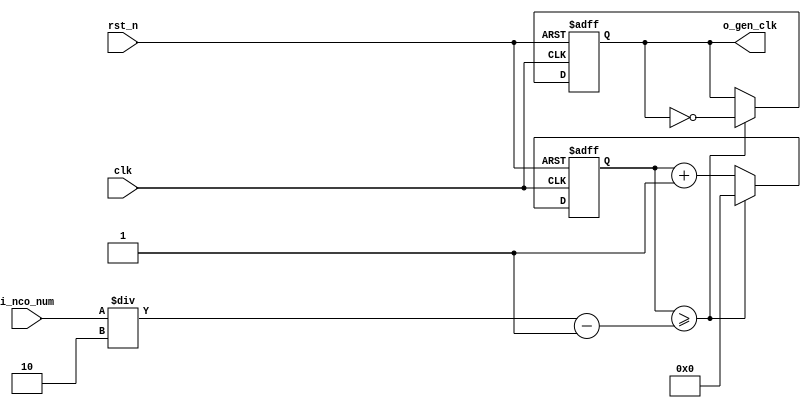

//	==================================================
//	Copyright (c) 2019 Sookmyung Women's University.
//	--------------------------------------------------
//	DEPARTMENT		: EE
//	--------------------------------------------------
//	RELEASE HISTORY
//	--------------------------------------------------
//	VERSION			DATE
//	0.0			2019-11-18
//	--------------------------------------------------
//	PURPOSE			: Digital Clock
//	==================================================

//	--------------------------------------------------
//	Numerical Controlled Oscillator
//	Hz of o_gen_clk = Clock Hz / num
//	--------------------------------------------------
module	nco(	
		o_gen_clk,
		i_nco_num,
		clk,
		rst_n);

output		o_gen_clk	;	// 1Hz CLK

input	[31:0]	i_nco_num	;
input		clk		;	// 50Mhz CLK
input		rst_n		;

reg	[31:0]	cnt		;
reg		o_gen_clk	;

always @(posedge clk or negedge rst_n) begin
	if(rst_n == 1'b0) begin
		cnt		<= 32'd0;
		o_gen_clk	<= 1'd0	;
	end else begin
		if(cnt >= i_nco_num/2-1) begin
			cnt 	<= 32'd0;
			o_gen_clk	<= ~o_gen_clk;
		end else begin
			cnt <= cnt + 1'b1;
		end
	end
end

endmodule

//	--------------------------------------------------
//	Flexible Numerical Display Decoder
//	--------------------------------------------------
module	fnd_dec(
		o_seg,
		i_num);

output	[6:0]	o_seg		;	// {o_seg_a, o_seg_b, ... , o_seg_g}

input	[3:0]	i_num		;
reg	[6:0]	o_seg		;
//making
always @(i_num) begin 
 	case(i_num) 
 		4'd0:	o_seg = 7'b111_1110; 
 		4'd1:	o_seg = 7'b011_0000; 
 		4'd2:	o_seg = 7'b110_1101; 
 		4'd3:	o_seg = 7'b111_1001; 
 		4'd4:	o_seg = 7'b011_0011; 
 		4'd5:	o_seg = 7'b101_1011; 
 		4'd6:	o_seg = 7'b101_1111; 
 		4'd7:	o_seg = 7'b111_0000; 
 		4'd8:	o_seg = 7'b111_1111; 
 		4'd9:	o_seg = 7'b111_0011; 
		default:o_seg = 7'b000_0000; 
	endcase 
end


endmodule

//	--------------------------------------------------
//	0~59 --> 2 Separated Segments
//	--------------------------------------------------
module	double_fig_sep(
		o_left,
		o_right,
		i_double_fig);

output	[3:0]	o_left		;
output	[3:0]	o_right		;

input	[5:0]	i_double_fig	;

assign		o_left	= i_double_fig / 10	;
assign		o_right	= i_double_fig % 10	;

endmodule

//	--------------------------------------------------
//	0~59 --> 2 Separated Segments
//	--------------------------------------------------
module	led_disp(
		o_seg,
		o_seg_dp,
		o_seg_enb,
		i_six_digit_seg,
		clk,
		i_mode,
		i_position,
		rst_n,
		i_alarm_en,
		i_timer_en);    //add i_mode & i_position --> to make new i_six_dp
  
output	[5:0]	o_seg_enb		;
output		     o_seg_dp		 ;
output	[6:0]	o_seg		    ;
	
input	[41:0]	i_six_digit_seg		;
input	[1:0]	 i_position		     ;
input	[2:0]	 i_mode			        ;
input		clk			                 ;
input		rst_n			               ;
input  i_alarm_en             ;
input	 i_timer_en					;

wire		gen_clk			;	
nco		u_nco(
		.o_gen_clk	( gen_clk	),
		.i_nco_num	( 32'd5000	),
		.clk		( clk		),
		.rst_n		( rst_n		));


reg	[3:0]	cnt_common_node		;

always @(posedge gen_clk or negedge rst_n) begin
	if(rst_n == 1'b0) begin
		cnt_common_node <= 4'd0;
	end else begin
		if(cnt_common_node >= 4'd5) begin
			cnt_common_node <= 4'd0;
		end else begin
			cnt_common_node <= cnt_common_node + 1'b1;
		end
	end
end

reg	[5:0]	o_seg_enb		;

always @(cnt_common_node) begin
	case (cnt_common_node)
		4'd0:	o_seg_enb = 6'b111110;
		4'd1:	o_seg_enb = 6'b111101;
		4'd2:	o_seg_enb = 6'b111011;
		4'd3:	o_seg_enb = 6'b110111;
		4'd4:	o_seg_enb = 6'b101111;
		4'd5:	o_seg_enb = 6'b011111;
		default:o_seg_enb = 6'b111111;
		
	endcase
end


reg 	[5:0]	i_six_dp		;	  
reg			     o_seg_dp		; //add


//ADD CONDITION : decide i_six_dp when i_mode is 2'b01 and 2'b10 
     
reg  [2:0] find_alarm = 3'b000;
reg  [2:0] find_alarm_x = 3'b000;


always @(posedge clk) begin
  find_alarm_x = find_alarm ;
end

wire		clk_1hz			;
nco		u1_nco(
		.o_gen_clk	( clk_1hz	),
		.i_nco_num	( 32'd50000000	),
		.clk		( clk		),
		.rst_n		( rst_n		));
		
always @(posedge clk_1hz or negedge rst_n) begin
  if(rst_n == 1'b0) begin
    find_alarm = 3'b000;
  end else begin
    find_alarm = {find_alarm_x[0],i_alarm_en};
  end
end
always @(i_mode,i_position, find_alarm) begin
	    if ( i_mode == 3'b001 ) begin
	       case (i_position)
		      3'b000:	  i_six_dp = 6'b000001;
		      3'b001:	  i_six_dp = 6'b000100;
		      3'b010:	  i_six_dp = 6'b010000;
		      default: i_six_dp = 6'b000000;
		     endcase
	     end else begin
	         if ( i_mode == 3'b010 ) begin
	           case (i_position)
		          3'b000:	  i_six_dp = 6'b000010;
		          3'b001:	  i_six_dp = 6'b001000;
		          3'b010:	  i_six_dp = 6'b100000;
		          default: i_six_dp = 6'b000000;
		         endcase
			end else begin
		            i_six_dp = 6'b000000;
		       end
		     //i_mode is not 2'b10 and 2'b01, i_six_dp have to be 6'b000000
    if( (find_alarm == 3'b001)||(find_alarm == 3'b010)) begin
           i_six_dp = 6'b111111;        
      end
end   
end


 //if i_alarm_en ==1 and find_alarm == 0, i_six_dp = 111111 and find_alarm is increasement.... so, find_alarm == 0 > find_alarm ==>1
		      // if i_alarm_en ==1 but find_alarm ==1, i_six_dp is not changed. 


always @(cnt_common_node) begin
		case (cnt_common_node)
			4'd0:	o_seg_dp = i_six_dp[0];
			4'd1:	o_seg_dp = i_six_dp[1];
			4'd2:	o_seg_dp = i_six_dp[2];
			4'd3:	o_seg_dp = i_six_dp[3];
			4'd4:	o_seg_dp = i_six_dp[4];
			4'd5:	o_seg_dp = i_six_dp[5];
			default:o_seg_dp = 1'b0;
		endcase
end



//i_mode = 1, find_alarm = 1 or i_mode = 0

reg	[6:0]	o_seg			            ;

always @(cnt_common_node) begin
	case (cnt_common_node)
		4'd0:	o_seg = i_six_digit_seg[6:0];
		4'd1:	o_seg = i_six_digit_seg[13:7];
		4'd2:	o_seg = i_six_digit_seg[20:14];
		4'd3:	o_seg = i_six_digit_seg[27:21];
		4'd4:	o_seg = i_six_digit_seg[34:28];
		4'd5:	o_seg = i_six_digit_seg[41:35];
		default:o_seg = 7'b111_1110; // 0 display
	endcase
end

endmodule






//	--------------------------------------------------
//	HMS(Hour:Min:Sec) Counter
//	--------------------------------------------------
module	hms_cnt(
		o_hms_cnt,
		o_max_hit,
		i_max_cnt,
		clk,
		rst_n);

output	[5:0]	o_hms_cnt		;
output		     o_max_hit		;

input	[5:0]	i_max_cnt		 ;
input		     clk			      ;
input		     rst_n			    ;

reg	[5:0]	o_hms_cnt		   ;
reg		     o_max_hit		;



always @(posedge clk or negedge rst_n) begin
	if(rst_n == 1'b0) begin
		o_hms_cnt <= 6'd0;
		o_max_hit <= 1'b0;
	end else begin
		if(o_hms_cnt >= i_max_cnt) begin
			o_hms_cnt <= 6'd0;
			o_max_hit <= 1'b1;
		end else begin
			o_hms_cnt <= o_hms_cnt + 1'b1;
			o_max_hit <= 1'b0;
		end
	end
end

endmodule

module	hms_cntdwn(
		o_hms_cnt,
		o_min_hit,
		i_min_cnt,
		clk,
		rst_n);

output	[5:0]	o_hms_cnt		;
output		     o_min_hit		;

input	[5:0]	i_min_cnt		 ;
input		     clk			      ;
input		     rst_n			    ;

reg	[5:0]	o_hms_cnt		   ;
reg		     o_min_hit		;



always @(posedge clk or negedge rst_n) begin
	if(rst_n == 1'b0) begin
		o_hms_cnt <= 6'd0;
		o_min_hit <= 1'b0;
	end else begin
		if(o_hms_cnt <= i_min_cnt) begin
			o_hms_cnt <= 6'd0;
			o_min_hit <= 1'b1;
		end else begin
			o_hms_cnt <= o_hms_cnt - 1'b1;
			o_min_hit <= 1'b0;
		end
	end
end

endmodule

module  debounce(
		o_sw,
		i_sw,
		clk);
output		o_sw			;

input		i_sw			;
input		clk			;

reg		dly1_sw			;
always @(posedge clk) begin
	dly1_sw <= i_sw;
end

reg		dly2_sw			;
always @(posedge clk) begin
	dly2_sw <= dly1_sw;
end

assign		o_sw = dly1_sw | ~dly2_sw;

endmodule

//	--------------------------------------------------
//	Clock Controller
//	--------------------------------------------------
module	controller(
		o_mode,
		o_position,
		o_world_position,
		o_alarm_en,
		o_timer_en,
		o_stwat_en,
		o_sec_clk,
		o_min_clk,
		o_hou_clk,
		o_alarm_sec_clk,
		o_alarm_min_clk,
		o_alarm_hou_clk,
		o_timer_sec_clk,
		o_timer_min_clk,
		o_timer_hou_clk,
		o_stwat_sec_clk,
		o_stwat_min_clk,
		o_stwat_hou_clk,
		i_max_hit_sec,
		i_max_hit_min,
		i_max_hit_hou,
		i_max_hit_cnt_sec,
		i_max_hit_cnt_min,
		i_max_hit_cnt_hou,
		i_min_hit_sec,
		i_min_hit_min,
		i_min_hit_hou,
		i_sw0,
		i_sw1,
		i_sw2,
		i_sw3,
		i_sw4,
		i_sw5,
		i_sw6,
		clk,
		rst_n);


output	[2:0]	o_mode			;
output	[1:0]	o_position		;
output   [1:0] o_world_position ;
output		o_alarm_en		;
output		o_timer_en		;
output		o_stwat_en		;
output		o_sec_clk		;
output		o_min_clk		;
output		o_hou_clk		;
output		o_alarm_sec_clk		;
output		o_alarm_min_clk		;
output		o_alarm_hou_clk		;
output		o_timer_sec_clk		;
output		o_timer_min_clk		;
output		o_timer_hou_clk		;
output		o_stwat_sec_clk		;
output		o_stwat_min_clk		;
output		o_stwat_hou_clk		;

input		i_max_hit_sec		;
input		i_max_hit_min		;
input		i_max_hit_hou		;
input		i_min_hit_sec		;
input		i_min_hit_min		;
input		i_min_hit_hou		;
input		i_max_hit_cnt_sec		;
input		i_max_hit_cnt_min		;
input		i_max_hit_cnt_hou		;

input		i_sw0			;
input		i_sw1			;
input		i_sw2			;
input		i_sw3			;
input 	i_sw4   		;
input		i_sw5			;
input		i_sw6			;

input		clk			;
input		rst_n			;

parameter	MODE_CLOCK	= 3'b000 ;
parameter	MODE_SETUP	= 3'b001 ;
parameter	MODE_ALARM	= 3'b010 ;
parameter 	MODE_WORLD 	= 3'b011 ;
parameter	MODE_TIMER	= 3'b100 ;
parameter	MODE_STWAT	= 3'b101	;
parameter	POS_SEC		= 2'b00	;
parameter	POS_MIN		= 2'b01	;
parameter 	POS_HOU  	= 2'b10 ;
parameter 	WOR_USA    = 2'b00 ; //TIME OF USA
parameter 	WOR_ENG    = 2'b01 ; //TIME OF ENGLAND
parameter 	WOR_AUS    = 2'b10 ; //TIME OF AUSTRALIA

wire		clk_100hz		;
nco		u0_nco(
		.o_gen_clk	( clk_100hz	),
		.i_nco_num	( 32'd500000	),
		.clk		( clk		),
		.rst_n		( rst_n		));

wire		sw0			;
debounce	u0_debounce(
		.o_sw		( sw0		),
		.i_sw		( i_sw0		),
		.clk		( clk_100hz	));

wire		sw1			;
debounce	u1_debounce(
		.o_sw		( sw1		),
		.i_sw		( i_sw1		),
		.clk		( clk_100hz	));

wire		sw2			;
debounce	u2_debounce(
		.o_sw		( sw2		),
		.i_sw		( i_sw2		),
		.clk		( clk_100hz	));

wire		sw3			;
debounce	u3_debounce(
		.o_sw		( sw3		),
		.i_sw		( i_sw3		),
		.clk		( clk_100hz	));

wire		sw4			;
debounce	u4_debounce(
		.o_sw		( sw4		),
		.i_sw		( i_sw4		),
		.clk		( clk_100hz	));

wire		sw5			;
debounce	u5_debounce(
		.o_sw		( sw5		),
		.i_sw		( i_sw5		),
		.clk		( clk_100hz	));
		
wire		sw6			;
debounce	u6_debounce(
		.o_sw		( sw6		),
		.i_sw		( i_sw6		),
		.clk		( clk_100hz	));

reg	[2:0]	o_mode			;
always @(posedge sw0 or negedge rst_n) begin
	if(rst_n == 1'b0) begin
		o_mode <= MODE_CLOCK;
	end else begin
		if(o_mode >= MODE_STWAT) begin
			o_mode <= MODE_CLOCK;
		end else begin
			o_mode <= o_mode + 1'b1;
		end
	end
end

reg	[1:0]	o_position		;
always @(posedge sw1 or negedge rst_n) begin
	if(rst_n == 1'b0) begin
		o_position <= POS_SEC;
	end else begin
		if(o_position >= POS_HOU) begin
			o_position <= POS_SEC;
		end else begin
			o_position <= o_position + 1'b1;
		end
	end
end

reg		o_alarm_en		;
always @(posedge sw3 or negedge rst_n) begin
	if(rst_n == 1'b0) begin
		o_alarm_en <= 1'b0;
	end else begin
		o_alarm_en <= o_alarm_en + 1'b1;
	end
end

reg	[1:0]	o_world_position		; //ADD TIME OF OTHER COUNTRIES WITH NEW BUTTON sw4 

always @(posedge sw4 or negedge rst_n) begin
	if(rst_n == 1'b0) begin
		o_world_position <= WOR_USA;
	end else begin
		if(o_world_position >= WOR_AUS) begin
			o_world_position <= WOR_USA;
		end else begin
			o_world_position <= o_world_position + 1'b1;
		end
	end
end

reg		o_timer_en		;
reg [5:0] o_hms_cnt		;
reg [5:0] o_max_hit		;
reg [5:0] i_max_cnt		;
always @(posedge sw5 or negedge rst_n) begin
	if(rst_n == 1'b0) begin
		o_timer_en <= 1'b0;
		o_hms_cnt <= 6'd0;
		o_max_hit <= 1'b0;
	end else begin
		o_timer_en <= o_timer_en + 1'b1;
	end
end

reg		o_stwat_en		;
always @(posedge sw6 or negedge rst_n) begin
	if(rst_n == 1'b0) begin
		o_stwat_en <= 1'b0;
		o_hms_cnt <= 1'b0;
		o_max_hit <= 1'b0;
	end else begin
		o_stwat_en <= o_stwat_en + 1'b1;
	end
end


wire		clk_1hz			;
nco		u1_nco(
		.o_gen_clk	( clk_1hz	),
		.i_nco_num	( 32'd50000000	),
		.clk		( clk		),
		.rst_n		( rst_n		));

reg		o_sec_clk		;
reg		o_min_clk		;
reg  		o_hou_clk  		;
reg		o_alarm_sec_clk		;
reg		o_alarm_min_clk		;
reg  		o_alarm_hou_clk 		;
reg		o_timer_sec_clk		;
reg		o_timer_min_clk		;
reg		o_timer_hou_clk		;
reg		o_stwat_sec_clk		;
reg		o_stwat_min_clk		;
reg		o_stwat_hou_clk		;

always @(*) begin
	case(o_mode)
		MODE_CLOCK : begin
			o_sec_clk = clk_1hz;
			o_min_clk = i_max_hit_sec;
			o_hou_clk = i_max_hit_min;
			o_alarm_sec_clk = 1'b0;
			o_alarm_min_clk = 1'b0;
			o_alarm_hou_clk = 1'b0;
			o_timer_sec_clk = 1'b0;
			o_timer_min_clk = 1'b0;
			o_timer_hou_clk = 1'b0;
			o_stwat_sec_clk = 1'b0;
			o_stwat_min_clk = 1'b0;
			o_stwat_hou_clk = 1'b0;
		end
		MODE_SETUP : begin
			case(o_position)
				POS_SEC : begin
					o_sec_clk = ~sw2;
					o_min_clk = 1'b0;
					o_hou_clk = 1'b0;
					o_alarm_sec_clk = 1'b0;
					o_alarm_min_clk = 1'b0;
					o_alarm_hou_clk = 1'b0;
					o_timer_sec_clk = 1'b0;
			      o_timer_min_clk = 1'b0;
			      o_timer_hou_clk = 1'b0;
					o_stwat_sec_clk = 1'b0;
			      o_stwat_min_clk = 1'b0;
			      o_stwat_hou_clk = 1'b0;
				end
				POS_MIN : begin
					o_sec_clk = 1'b0;
					o_min_clk = ~sw2;
					o_hou_clk = 1'b0;
					o_alarm_sec_clk = 1'b0;
					o_alarm_min_clk = 1'b0;
					o_alarm_hou_clk = 1'b0;
					o_timer_sec_clk = 1'b0;
					o_timer_min_clk = 1'b0;
					o_timer_hou_clk = 1'b0;
					o_stwat_sec_clk = 1'b0;
			      o_stwat_min_clk = 1'b0;
			      o_stwat_hou_clk = 1'b0;
				end
				POS_HOU : begin
				  o_sec_clk = 1'b0;
					o_min_clk = 1'b0;
					o_hou_clk = ~sw2;
					o_alarm_sec_clk = 1'b0;
					o_alarm_min_clk = 1'b0;
					o_alarm_hou_clk = 1'b0;
					o_timer_sec_clk = 1'b0;
					o_timer_min_clk = 1'b0;
					o_timer_hou_clk = 1'b0;
					o_stwat_sec_clk = 1'b0;
			      o_stwat_min_clk = 1'b0;
			      o_stwat_hou_clk = 1'b0;
				end
			endcase
		end
		MODE_ALARM : begin
			case(o_position)
				POS_SEC : begin
					o_sec_clk = clk_1hz;
					o_min_clk = i_max_hit_sec;
					o_hou_clk = i_max_hit_min;
					o_alarm_sec_clk = ~sw2;
					o_alarm_min_clk = 1'b0;
					o_alarm_hou_clk = 1'b0;
					o_timer_sec_clk = 1'b0;
					o_timer_min_clk = 1'b0;
					o_timer_hou_clk = 1'b0;
					o_stwat_sec_clk = 1'b0;
			      o_stwat_min_clk = 1'b0;
			      o_stwat_hou_clk = 1'b0;
				end
				POS_MIN : begin
					o_sec_clk = clk_1hz;
					o_min_clk = i_max_hit_sec;
					o_hou_clk = i_max_hit_min;
					o_alarm_sec_clk = 1'b0;
					o_alarm_min_clk = ~sw2;
					o_alarm_hou_clk = 1'b0;
					o_timer_sec_clk = 1'b0;
					o_timer_min_clk = 1'b0;
					o_timer_hou_clk = 1'b0;
					o_stwat_sec_clk = 1'b0;
			      o_stwat_min_clk = 1'b0;
			      o_stwat_hou_clk = 1'b0;
				end
				POS_HOU : begin
				  o_sec_clk = clk_1hz;
					o_min_clk = i_max_hit_sec;
					o_hou_clk = i_max_hit_min;
					o_alarm_sec_clk = 1'b0;
					o_alarm_min_clk = 1'b0;
					o_alarm_hou_clk = ~sw2;
					o_timer_sec_clk = 1'b0;
					o_timer_min_clk = 1'b0;
					o_timer_hou_clk = 1'b0;
					o_stwat_sec_clk = 1'b0;
			      o_stwat_min_clk = 1'b0;
			      o_stwat_hou_clk = 1'b0;
				end
			endcase
		end
		MODE_WORLD : begin
		  o_sec_clk = clk_1hz;
			o_min_clk = i_max_hit_sec;
			o_hou_clk = i_max_hit_min;
			o_alarm_sec_clk = 1'b0;
			o_alarm_min_clk = 1'b0;
			o_alarm_hou_clk = 1'b0;
			o_timer_sec_clk = 1'b0;
			o_timer_min_clk = 1'b0;
			o_timer_hou_clk = 1'b0;
			o_stwat_sec_clk = 1'b0;
			o_stwat_min_clk = 1'b0;
			o_stwat_hou_clk = 1'b0;
		end
		MODE_TIMER : begin
		    case(o_position)
				POS_SEC : begin
					o_sec_clk = clk_1hz;
					o_min_clk = i_max_hit_sec;
					o_hou_clk = i_max_hit_min;
					o_alarm_sec_clk = 1'b0;
					o_alarm_min_clk = 1'b0;
					o_alarm_hou_clk = 1'b0;
					o_timer_sec_clk = ~sw2;
					o_timer_min_clk = 1'b0;
					o_timer_hou_clk = 1'b0;
					o_stwat_sec_clk = 1'b0;
			      o_stwat_min_clk = 1'b0;
			      o_stwat_hou_clk = 1'b0;
				end
				POS_MIN : begin
					o_sec_clk = clk_1hz;
					o_min_clk = i_max_hit_sec;
					o_hou_clk = i_max_hit_min;
					o_alarm_sec_clk = 1'b0;
					o_alarm_min_clk = 1'b0;
					o_alarm_hou_clk = 1'b0;
					o_timer_sec_clk = 1'b0;
					o_timer_min_clk = ~sw2;
					o_timer_hou_clk = 1'b0;
					o_stwat_sec_clk = 1'b0;
			      o_stwat_min_clk = 1'b0;
			      o_stwat_hou_clk = 1'b0;
				end
				POS_HOU : begin
				   o_sec_clk = clk_1hz;
					o_min_clk = i_max_hit_sec;
					o_hou_clk = i_max_hit_min;
					o_alarm_sec_clk = 1'b0;
					o_alarm_min_clk = 1'b0;
					o_alarm_hou_clk = 1'b0;
					o_timer_sec_clk = 1'b0;
					o_timer_min_clk = 1'b0;
					o_timer_hou_clk = ~sw2;
					o_stwat_sec_clk = 1'b0;
			      o_stwat_min_clk = 1'b0;
			      o_stwat_hou_clk = 1'b0;
				end
			endcase
		end
		MODE_STWAT : begin
			 case(o_stwat_en)
				1'b0 : begin
					o_sec_clk = clk_1hz;
					o_min_clk = i_max_hit_sec;
					o_hou_clk = i_max_hit_min;
					o_alarm_sec_clk = 1'b0;
					o_alarm_min_clk = 1'b0;
					o_alarm_hou_clk = 1'b0;
					o_timer_sec_clk = 1'b0;
					o_timer_min_clk = 1'b0;
					o_timer_hou_clk = 1'b0;
					o_stwat_sec_clk = 1'b0;
			      o_stwat_min_clk = 1'b0;
			      o_stwat_hou_clk = 1'b0;
				end
				1'b1 : begin
					o_sec_clk = clk_1hz;
					o_min_clk = i_max_hit_sec;
					o_hou_clk = i_max_hit_min;
					o_alarm_sec_clk = 1'b0;
					o_alarm_min_clk = 1'b0;
					o_alarm_hou_clk = 1'b0;
					o_timer_sec_clk = 1'b0;
					o_timer_min_clk = 1'b0;
					o_timer_hou_clk = 1'b0;
					o_stwat_sec_clk = clk_1hz;
			      o_stwat_min_clk = i_max_hit_cnt_sec;
			      o_stwat_hou_clk = i_max_hit_cnt_min;
				end
			endcase
	   end		
		default: begin
			o_sec_clk = 1'b0;
			o_min_clk = 1'b0;
			o_hou_clk = 1'b0;
			o_alarm_sec_clk = 1'b0;
			o_alarm_min_clk = 1'b0;
			o_alarm_hou_clk = 1'b0;
			o_timer_sec_clk = 1'b0;
			o_timer_min_clk = 1'b0;
			o_timer_hou_clk = 1'b0;
			o_stwat_sec_clk = 1'b0;
			o_stwat_min_clk = 1'b0;
			o_stwat_hou_clk = 1'b0;
		end
	endcase
end

endmodule

//	--------------------------------------------------
//	HMS(Hour:Min:Sec) Counter
//	--------------------------------------------------
module	houminsec(	
		o_sec,
		o_min,
		o_hou,
		o_max_hit_sec,
		o_max_hit_min,
		o_max_hit_hou,
		o_max_hit_cnt_sec,
		o_max_hit_cnt_min,
		o_max_hit_cnt_hou,
		o_min_hit_sec,
		o_min_hit_min,
		o_min_hit_hou,
		o_alarm,
		o_timer,
		o_stwat,
		i_mode,
		i_position,
		i_world_position,
		i_sec_clk,
		i_min_clk,
		i_hou_clk,
		i_alarm_sec_clk,
		i_alarm_min_clk,
		i_alarm_hou_clk,
		i_alarm_en,
		i_timer_sec_clk,
		i_timer_min_clk,
		i_timer_hou_clk,
		i_timer_en,
		i_stwat_sec_clk,
		i_stwat_min_clk,
		i_stwat_hou_clk,
		i_stwat_en,
		clk,
		rst_n);

output	[5:0]	o_sec		;
output	[5:0]	o_min		;
output  [5:0]	o_hou  		;
output		o_max_hit_sec	;
output		o_max_hit_min	;
output  	o_max_hit_hou 	;
output		o_max_hit_cnt_sec	;
output		o_max_hit_cnt_min	;
output  	o_max_hit_cnt_hou 	;
output	o_min_hit_sec	;
output	o_min_hit_min	;
output	o_min_hit_hou	;
output		o_alarm		;
output	o_timer			;
output	o_stwat			;

input	[2:0]	i_mode		;
input	[1:0]	i_position	;
input   [1:0]	i_world_position ;
input		i_sec_clk	;
input		i_min_clk	;
input 	    	i_hou_clk 	;
input		i_alarm_sec_clk	;
input		i_alarm_min_clk	;
input  	   	i_alarm_hou_clk ;
input		i_alarm_en	;
input		i_timer_sec_clk	;
input		i_timer_min_clk	;
input  	   	i_timer_hou_clk ;
input		i_timer_en	;
input		i_stwat_sec_clk	;
input		i_stwat_min_clk	;
input  	   	i_stwat_hou_clk ;
input		i_stwat_en	;	

input		clk		  ;
input		rst_n		;


parameter	MODE_CLOCK = 3'b000	;
parameter	MODE_SETUP = 3'b001	;
parameter	MODE_ALARM = 3'b010	;
parameter 	MODE_WORLD = 3'b011 	;
parameter	MODE_TIMER = 3'b100	;
parameter	MODE_STWAT = 3'b101	;
parameter	POS_SEC	   = 2'b00	;
parameter	POS_MIN	   = 2'b01	;
parameter	POS_HOU    = 2'b10 ;
parameter 	WOR_USA    = 2'b00 ;
parameter 	WOR_ENG    = 2'b01 ;
parameter 	WOR_AUS    = 2'b10 ;


//	MODE_CLOCK
wire	[5:0]	sec		;
wire		max_hit_sec	;
hms_cnt		u_hms_cnt_sec(
		.o_hms_cnt	( sec			),
		.o_max_hit	( o_max_hit_sec		),
		.i_max_cnt	( 6'd59			),
		.clk		( i_sec_clk		),
		.rst_n		( rst_n			));

wire	[5:0]	min		;
wire		max_hit_min	;
hms_cnt		u_hms_cnt_min(
		.o_hms_cnt	( min			),
		.o_max_hit	( o_max_hit_min		),
		.i_max_cnt	( 6'd59			),
		.clk		( i_min_clk		),
		.rst_n		( rst_n			));
wire 	[5:0] 	hou  		;
wire  		max_hit_hou 	;
hms_cnt		u_hms_cnt_hou(
		.o_hms_cnt	( hou			),
		.o_max_hit	( o_max_hit_hou		),
		.i_max_cnt	( 6'd23			),
		.clk		( i_hou_clk		),
		.rst_n		( rst_n			));
//	MODE_ALARM
wire	[5:0]	alarm_sec	;
hms_cnt		u_hms_cnt_alarm_sec(
		.o_hms_cnt	( alarm_sec		),
		.o_max_hit	( 			),
		.i_max_cnt	( 6'd59			),
		.clk		( i_alarm_sec_clk	),
		.rst_n		( rst_n			));

wire	[5:0]	alarm_min	;
hms_cnt		u_hms_cnt_alarm_min(
		.o_hms_cnt	( alarm_min		),
		.o_max_hit	( 			),
		.i_max_cnt	( 6'd59			),
		.clk		( i_alarm_min_clk	),
		.rst_n		( rst_n			));

wire	[5:0]	alarm_hou	;
hms_cnt		u_hms_cnt_alarm_hou(
		.o_hms_cnt	( alarm_hou		),
		.o_max_hit	( 			),
		.i_max_cnt	( 6'd23			),
		.clk		( i_alarm_hou_clk	),
		.rst_n		( rst_n			));

//	MODE_TIMER
wire	[5:0]	timer_sec	;
hms_cnt		u_hms_cnt_timer_sec(
		.o_hms_cnt	( timer_sec		),
		.o_max_hit	( 			),
		.i_max_cnt	( 6'd59			),
		.clk		( i_timer_sec_clk	),
		.rst_n		( rst_n			));

wire	[5:0]	timer_min	;
hms_cnt		u_hms_cnt_timer_min(
		.o_hms_cnt	( timer_min		),
		.o_max_hit	( 			),
		.i_max_cnt	( 6'd59			),
		.clk		( i_timer_min_clk	),
		.rst_n		( rst_n			));

wire	[5:0]	timer_hou	;
hms_cnt		u_hms_cnt_timer_hou(
		.o_hms_cnt	( timer_hou		),
		.o_max_hit	( 			),
		.i_max_cnt	( 6'd23			),
		.clk		( i_timer_hou_clk	),
		.rst_n		( rst_n			));
		
//MODE_STWAT
wire	[5:0]	stwat_sec	;
hms_cnt		u_hms_cnt_stwat_sec(
		.o_hms_cnt	( stwat_sec		),
		.o_max_hit	( o_max_hit_cnt_sec),
		.i_max_cnt	( 6'd59			),
		.clk		( i_stwat_sec_clk	),
		.rst_n		( rst_n			));

wire	[5:0]	stwat_min	;
hms_cnt		u_hms_cnt_stwat_min(
		.o_hms_cnt	( stwat_min		),
		.o_max_hit	( o_max_hit_cnt_min),
		.i_max_cnt	( 6'd59			),
		.clk		( i_stwat_min_clk	),
		.rst_n		( rst_n			));

wire	[5:0]	stwat_hou	;
hms_cnt		u_hms_cnt_stwat_hou(
		.o_hms_cnt	( stwat_hou		),
		.o_max_hit	( o_max_hit_cnt_hou),
		.i_max_cnt	( 6'd23			),
		.clk		( i_stwat_hou_clk	),
		.rst_n		( rst_n			));

reg	[5:0]	o_sec		;
reg	[5:0]	o_min		;
reg 	[5:0] o_hou 		;

always @ (*) begin
	case(i_mode)
		MODE_CLOCK: begin
			o_sec	= sec;
			o_min	= min;
			o_hou = hou;
		end
		MODE_SETUP:	begin
			o_sec	= sec;
			o_min	= min;
			o_hou = hou;
		end
		MODE_ALARM:	begin
			o_sec	= alarm_sec;
			o_min	= alarm_min;
			o_hou = alarm_hou;
		end
		MODE_WORLD: begin //MODE OF TIME OF OTHER COUNTRIES
		    case(i_world_position)
		      WOR_USA : begin //TIME OF USA --> TIME DIFFERENCE OF 14 HOUR
		        o_sec	= sec;
			      o_min	= min;
			      o_hou = hou + 6'd14 ;
			    end
			    WOR_ENG : begin //TIME OF ENGLAND --> TIME DIFFERENCE OF 9 HOUR
			      o_sec	= sec;
			      o_min	= min;
			      o_hou = hou + 6'd09 ;
			    end
			    WOR_AUS : begin //TIME OF AUSTRALIA --> TIME DIFFERENCE OF 2 HOUR
			      o_sec	= sec;
			      o_min	= min;
			      o_hou = hou + 6'd02 ;
			    end
			  endcase
		end
		MODE_TIMER: begin
			o_sec = timer_sec;
			o_min = timer_min;
			o_hou = timer_hou;
		end
	   MODE_STWAT: begin
			o_sec = stwat_sec;
			o_min = stwat_min;
			o_hou = stwat_hou;
		end	
	endcase
end



reg		o_alarm		;
always @ (posedge clk or negedge rst_n) begin
	if ((rst_n == 1'b0)) begin
		o_alarm <= 1'b0;
	    end else begin
		    if( (sec == alarm_sec) && (min == alarm_min) && (hou == alarm_hou)) begin
		  	   o_alarm <= 1'b1 & i_alarm_en;
		    end else begin
			     o_alarm <= o_alarm & i_alarm_en;
			   end
	end
end

reg		o_timer		;
always @(posedge clk or negedge rst_n) begin
	if ((rst_n == 1'b0)) begin
		o_timer <= 1'b0;
	   end else begin
		if((6'd0 == timer_sec) && (6'd0 == timer_min) && (6'd0 == timer_hou)) begin
			  o_timer <= 1'b1 & i_timer_en;
		end else begin
			  o_timer <= o_timer & i_timer_en;
		end
	end
end

endmodule

module	buzz(
		o_buzz,
		o_buzz_z,
		i_buzz_en,
		clk,
		rst_n,
		i_buzz_enz);

output		o_buzz		;
output		o_buzz_z		;

input		i_buzz_en	;
input		i_buzz_enz  ;
input		clk		;
input		rst_n		;

parameter	A = 56818	;
parameter	A_s = 53629	;
parameter	A_b = 107258;
parameter	C = 95556	;
parameter	D = 85131	;
parameter	E = 75843	;
parameter	F = 71586	;
parameter	G = 63776	;

wire		clk_bit		;
nco	u_nco_bit(	
		.o_gen_clk	( clk_bit	),
		.i_nco_num	( 25000000	),
		.clk		( clk		),
		.rst_n		( rst_n		));

reg	[5:0]	cnt		;
always @ (posedge clk_bit or negedge rst_n) begin
	if(rst_n == 1'b0) begin
		cnt <= 6'd00;
		end else begin
		if (i_buzz_en == 1'b0) begin
		cnt <= 6'd00;
		end else begin
		if(cnt >= 6'd45) begin
			cnt <= 6'd00;
		end else begin
			cnt <= cnt + 6'd01;
		end
		end
		if (i_buzz_enz == 1'b0) begin
		cnt <= 6'd00;
		end else begin
		if(cnt >= 6'd45) begin
			cnt <= 6'd00;
		end else begin
			cnt <= cnt + 6'd01;
		end
		end
	end
end

reg	[31:0]	nco_num		;
always @ (*) begin
	case(cnt)
		6'd00: nco_num = D	;
		6'd01: nco_num = G	;
		6'd02: nco_num = A_s	;
		6'd03: nco_num = A	;
		6'd04: nco_num = G	;
		6'd05: nco_num = G	;
		6'd06: nco_num = A_s	;
		6'd07: nco_num = G	;
		6'd08: nco_num = A	;
		6'd09: nco_num = 0	;
		6'd10: nco_num = D	;
		6'd11: nco_num = G	;
		6'd12: nco_num = A_s	;
		6'd13: nco_num = A	;
		6'd14: nco_num = G	;
		6'd15: nco_num = G	;
		6'd16: nco_num = D	;
		6'd17: nco_num = A_b	;
		6'd18: nco_num = D	;
		6'd19: nco_num = D	;
		6'd20: nco_num = 0	;
		6'd21: nco_num = D	;
		6'd22: nco_num = G	;
		6'd23: nco_num = A_s	;
		6'd24: nco_num = A	;
		6'd25: nco_num = G	;
		6'd26: nco_num = G	;
		6'd27: nco_num = A_s	;
		6'd28: nco_num = G	;
		6'd29: nco_num = A	;
		6'd30: nco_num = A	;
		6'd31: nco_num = A_s	;
		6'd32: nco_num = C/2	;
		6'd33: nco_num = D/2	;
		6'd34: nco_num = D/2	;
		6'd35: nco_num = C/2	;
		6'd36: nco_num = D/2	;
		6'd37: nco_num = F/2	;
		6'd38: nco_num = D/2	;
		6'd39: nco_num = D/2	;
		6'd40: nco_num = D/2	;
		6'd41: nco_num = C/2	;
		6'd42: nco_num = A_s	;
		6'd43: nco_num = C/2	;
		6'd44: nco_num = A_s	;
		6'd45: nco_num = 0	;
	endcase
end

wire		buzz		;
nco	u_nco_buzz(	
		.o_gen_clk	( buzz		),
		.i_nco_num	( nco_num	),
		.clk		( clk		),
		.rst_n		( rst_n		));

assign		o_buzz = buzz & (i_buzz_en||i_buzz_enz) ;

endmodule

module	top(
		o_seg_enb,
		o_seg_dp,
	 	o_seg,
		o_alarm,
		i_sw0,
		i_sw1,
		i_sw2,
		i_sw3,
		i_sw4,
		i_sw5,
		i_sw6,
		clk,
		rst_n);
		
    
    
output	[5:0]	o_seg_enb	;
output	     	o_seg_dp	;
output	[6:0]	o_seg		;
output	     	o_alarm		;

input		i_sw0		;
input		i_sw1		;
input		i_sw2		;
input		i_sw3		;
input  	i_sw4		;
input		i_sw5		;
input		i_sw6		;
input		clk		;
input		rst_n		;

wire 		 max_hit_min     ;
wire		 max_hit_sec     ;
wire  	 max_hit_hou     ;
wire 		 max_hit_cnt_min     ;
wire		 max_hit_cnt_sec     ;
wire  	 max_hit_cnt_hou     ;
wire  	 hou_clk         ;
wire		 min_clk         ;
wire		 sec_clk         ;

wire  		alarm_en        ;
wire  		alarm_min       ;
wire  		alarm_sec       ;
wire  		alarm_hou       ;
wire  		timer_en        ;
wire  		timer_min       ;
wire  		timer_sec       ;
wire  		timer_hou       ;
wire  		stwat_en        ;
wire  	   stwat_min       ;
wire  		stwat_sec       ;
wire  		stwat_hou       ;


wire  		[1:0]position   ;
wire  		[2:0]mode       ;
wire    [1:0]world_position;
controller u_ctrl (
			.o_mode(mode),
			.o_position(position),
			.o_world_position(world_position),
			.o_alarm_en(alarm_en),
			.o_timer_en(timer_en),
			.o_stwat_en(stwat_en),
			.o_sec_clk(sec_clk),
			.o_min_clk(min_clk),
			.o_hou_clk(hou_clk),
			.o_alarm_sec_clk(alarm_sec),
			.o_alarm_min_clk(alarm_min),
			.o_alarm_hou_clk(alarm_hou),
			.o_timer_sec_clk(timer_sec),
			.o_timer_min_clk(timer_min),
			.o_timer_hou_clk(timer_hou),
			.o_stwat_sec_clk(stwat_sec),
			.o_stwat_min_clk(stwat_min),
			.o_stwat_hou_clk(stwat_hou),
			.i_max_hit_sec(max_hit_sec),
			.i_max_hit_min(max_hit_min),
			.i_max_hit_hou(max_hit_hou),
			.i_max_hit_cnt_sec(max_hit_cnt_sec),
			.i_max_hit_cnt_min(max_hit_cnt_min),
			.i_max_hit_cnt_hou(max_hit_cnt_hou),
			.i_sw0(i_sw0),
			.i_sw1(i_sw1),
			.i_sw2(i_sw2),
			.i_sw3(i_sw3),
			.i_sw4(i_sw4),
			.i_sw5(i_sw5),
			.i_sw6(i_sw6),
			.clk(clk),
			.rst_n(rst_n));		
			

wire    [5:0]   min            ;
wire    [5:0]   sec            ;
wire    [5:0]   hou            ;


wire    buzz                    ;
wire	  buzz_z						  ; 
houminsec u_houminsec (
			.o_sec(sec),
			.o_min(min),
			.o_hou(hou),
			.o_max_hit_sec(max_hit_sec),
			.o_max_hit_min(max_hit_min),
			.o_max_hit_hou(max_hit_hou),
			.o_max_hit_cnt_sec(max_hit_cnt_sec),
			.o_max_hit_cnt_min(max_hit_cnt_min),
			.o_max_hit_cnt_hou(max_hit_cnt_hou),
			.o_alarm(buzz),
			.o_timer(buzz_z),
			.i_mode(mode),
			.i_position(position),
			.i_world_position(world_position),
			.i_sec_clk(sec_clk),
			.i_min_clk(min_clk),
			.i_hou_clk(hou_clk),
			.i_alarm_sec_clk(alarm_sec),
			.i_alarm_min_clk(alarm_min),
			.i_alarm_hou_clk(alarm_hou),
			.i_alarm_en(alarm_en),
			.i_timer_en(timer_en),
			.i_timer_sec_clk(timer_sec),
			.i_timer_min_clk(timer_min),
			.i_timer_hou_clk(timer_hou),
			.i_stwat_en(stwat_en),
			.i_stwat_sec_clk(stwat_sec),
			.i_stwat_min_clk(stwat_min),
			.i_stwat_hou_clk(stwat_hou),
			.clk(clk),
			.rst_n(rst_n));

buzz   u_buzz(
		  .o_buzz(o_alarm),
		  .i_buzz_en(buzz),
		  .clk(clk),
		  .rst_n(rst_n),
		  .i_buzz_enz(buzz_z));

wire    [3:0]   sec_left_num   ;
wire    [3:0]   sec_right_num  ;
wire    [6:0]   sec_left       ;
wire    [6:0]   sec_right      ;

double_fig_sep u0_dfs(
			.o_left(sec_left_num),
			.o_right(sec_right_num),
			.i_double_fig(sec));
	
fnd_dec u0_fnd_dec(
			.o_seg(sec_left),
			.i_num(sec_left_num));

fnd_dec u1_fnd_dec(
			.o_seg(sec_right),
			.i_num(sec_right_num));


wire    [3:0]   min_left_num   ;
wire    [3:0]   min_right_num  ;
wire    [6:0]   min_left       ;
wire    [6:0]   min_right      ;

double_fig_sep u1_dfs(
			.o_left(min_left_num),
			.o_right(min_right_num),
			.i_double_fig(min));

fnd_dec u2_fnd_dec(
			.o_seg(min_left),
			.i_num(min_left_num));

fnd_dec u3_fnd_dec(
			.o_seg(min_right),
			.i_num(min_right_num));

wire    [3:0]   hou_left_num   ;
wire    [3:0]   hou_right_num  ;
wire    [6:0]   hou_left       ;
wire    [6:0]   hou_right      ;

double_fig_sep u2_dfs(
			.o_left(hou_left_num),
			.o_right(hou_right_num),
			.i_double_fig(hou));

fnd_dec u4_fnd_dec(
			.o_seg(hou_left),
			.i_num(hou_left_num));

fnd_dec u5_fnd_dec(
			.o_seg(hou_right),
			.i_num(hou_right_num));
			
wire [41:0] six_digit_seg	;
assign six_digit_seg = {hou_left,hou_right,min_left,min_right,sec_left,sec_right};

led_disp u_led_disp (
			.o_seg(o_seg),
			.o_seg_dp(o_seg_dp),
			.o_seg_enb(o_seg_enb),
			.i_six_digit_seg(six_digit_seg),
			.i_mode(mode),
			.i_position(position),
			.i_alarm_en(alarm_en),
			.clk(clk),
			.rst_n(rst_n));

endmodule